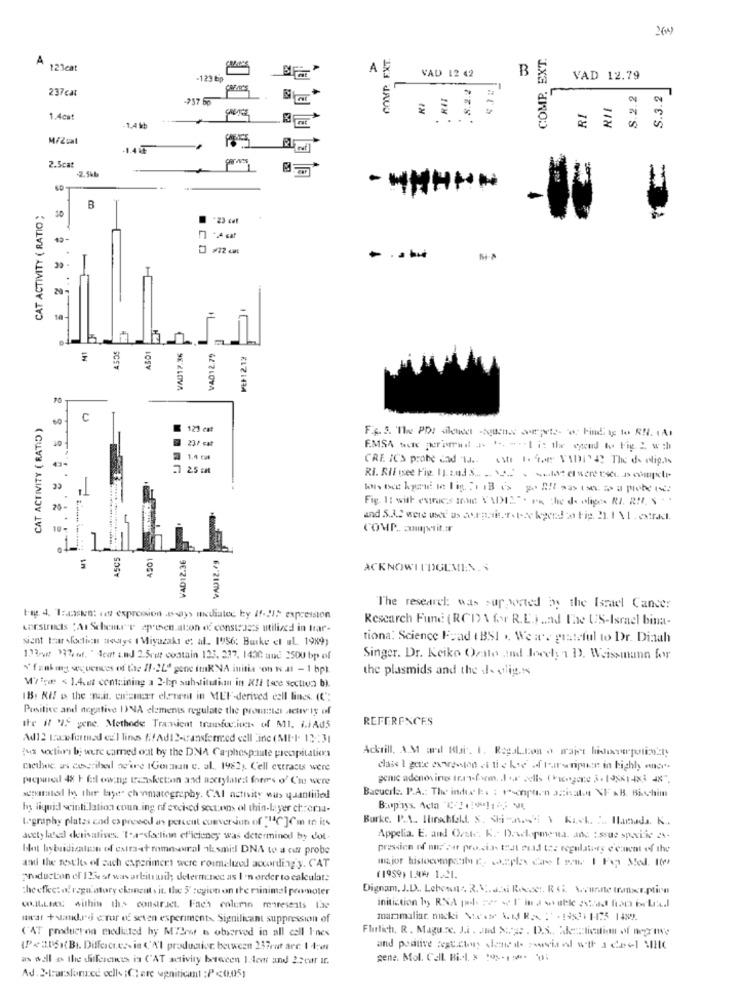
2(w)
COMP. EXT.
COMP. EXT.
121cat
VAD 12 42
B
-123 bp
. 8.2.2
VAD 12.79
237cat
8.2.2
S.3.2
-757 6p
RI
1.4cat
in
1.4 kb
2.
MFZual
-140
2.5cat
-2,5kb
- WHHAN
CAT ACTIVITY ( RATIO ;
B
"23 cel
20-
VA0317.36
VAD12.79
VEF12.12
CAT ACTIVITY ( RATID )
60
C
123 eat
23/ cat
F.MSA bok promail .. " .. .. . I i: the opend to. Fig. 2 w :h
1,4 Ea
CRE IC'S probe dad 'ta .. our 1. ioe VADIS The de elig,is
.1 25 ca
22
Fig. 1: with extrac's Inde XADIZ". Po the de olige- RI. RII. S .
COMP. amit.
ASC5
A501
VAD12.36
VADI2.79
ACKNOWITDGLMEN.
The research: was supported by the Israel Cancer
tag. 4. 1:asken: «ez expression .pays midiatec ty If-21: expression
Research Fund (RCD) \ for R.E.) .. ad The US-Israel bina-
corstrids 'An Schema'e apresen ation of constsets utilized in trar-
sient tar loctin noutys ( Miyazaki e: al. 1956: Burke el aL 1989)
tiona: Science F=ad ( BSI .. We are grateful to Dr. Dinah
133 7% mf. " det und 2.5ret contain 133, 337, 1430 und 2500 bp of
Singer. Dr. Keiko Orale and Joeely a D. Weissmann for
"funking sequences of the 11-24º gene inkNA initia con k al - 1 bp).
the plasmids and the dowling.s
Miine < 1.4.et centrining a 2-bp substitution in XIl (see section b).
18. All p the main, cuizucer element in MEF-derived eall lines. (C":
Positive and negative 1)NA elements regulate the pronta aache iy of
REFERENCES
Ite il 'IS gene. Methode Transient transfu.inci- of MI. i.iAd5
Ad12 Lawformed cz'l lines #:1Ad12-transferred cell Line (MI.l. 13:31
Ackrill, A.M ad Blai. 1. Rogal. lion o majet hidosverpolizeity
fus voxtiri b; were carned orat by the DNA Ca-phospaute precipitations
methoe as describedl no ore 1Gorman e. al. 1982; Cell extracts were
class I gere exwenton et Ii e kwe of tearsripke in highly ance-
piqued 48 h fal owing Basketon and axctylated fores o' C'm were
Bacucil. P.A .: The index E. : tonption JEisabe NF AB. Bichim
separated by thir bayer chromatography. CAI activity was quantified
hy liquid sciuti.lation coun ing of exched sectens ol thin-layer ctorsa-
Bopays. Acha 2-1(*11; V
Lography plates and expresed an percent conversion of "4℃]Cm in its
Burke. P.A .. Ilinahield. S. Shi -n.Si \ Kach. :.. Hanada. K ..
acety lated derivatives. I.a sfaclinn efficiency was determined by dot
Appelia. E. and Ouste. K .. Daschopmona, ane :ssue spacific ex-
blot hybridicalast of extra-et romaural ilsmid DNA to a cut probe
and the results of such experiment were rommelized according y. CAT
production ef 125est wasarbitrauil; determinec as I'n order to calculate
(1959) 149 1.21.
the effect of ragu'mary ekeineits it. the 5' :egion on the minimal promoter
Dignam, J.D ., Lebesun , R. V.a.di Rocce :, R Gi. w.cur.ne traxer.ptinn
WILLIAE within this construct. Fach column mareseats lae
mirar + sandro ctur of seven experiments Significant suppression of
mammaliar. macki Visste 4. 11 RX : - 14821 1-175 1489.
('AT roducten mediated by MiSent 6 observed in all cell I-nes
Flirlich, R. Maguice. J.i. Jid Surge . D.S ., Aleliedtion of neg ne
(P4306){BI. Differct.es- in &'A'I production between 237rat arc 1 4:e
as well & the differences is CAT activity between I lem and 22car ir.
gene. Mol. Cell Biol. x :05-2 01
Ad.2.larslancé ecli- ; C; are wgninicant : P<01051